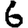
Digit: 6